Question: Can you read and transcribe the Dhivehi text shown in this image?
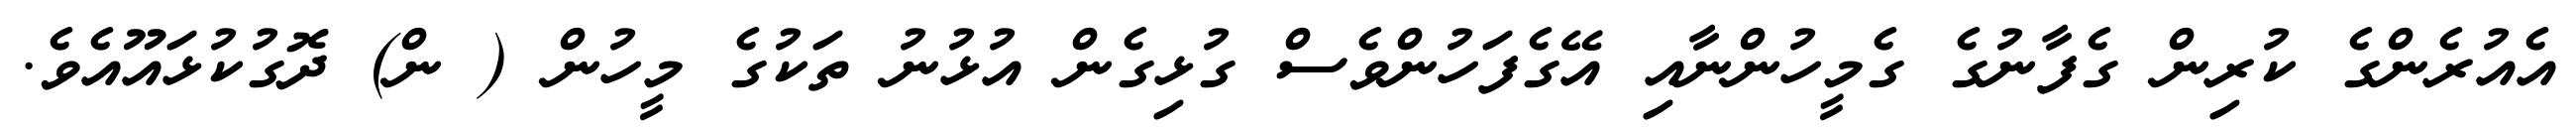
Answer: އެއުރެންގެ ކުރިން ގެފާނުގެ ގެމީހުންނާއި އޭގެފަހުންވެސް ގުޅިގެން އުޅުނު ތަކުގެ މީހުން ( ން) ދޮގުކުޅައޫއެވެ.